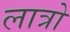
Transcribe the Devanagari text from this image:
लात्रो